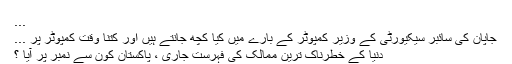
...
جاپان کی سائبر سیکیورٹی کے وزیر کمپوٹر کے بارے میں کیا کچھ جانتے ہیں اور کتنا وقت کمپوٹر پر ...
دنیا کے خطرناک ترین ممالک کی فہرست جاری ، پاکستان کون سے نمبر پر آیا ؟